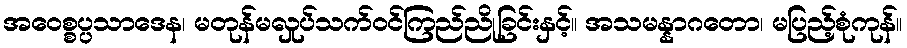
အဝေစ္စပ္ပသာဒေန၊ မတုန်မလှုပ်သက်ဝင်ကြည်ညိုခြင်းနှင့်။ အသမန္နာဂတော၊ မပြည့်စုံကုန်။